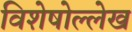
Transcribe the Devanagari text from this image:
विशेषोल्लेख